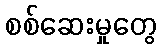
စစ်ဆေးမှုတွေ